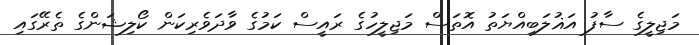
މަޖިލީގެ ސާފު އަޣުލަބިއްޔަތު އޮތަސް މަޖިލީހުގެ ރައީސް ކަމުގެ ވާދަވެރިކަން ކޯލިޝަންގެ ތެރޭގައި